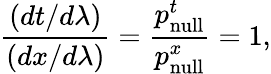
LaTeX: {\frac{(dt/d\lambda)}{(dx/d\lambda)}}={\frac{p_{\mathrm{null}}^{t}}{p_{\mathrm{null}}^{x}}}=1,